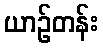
ယာဉ်တန်း